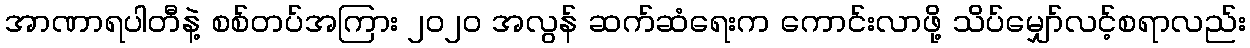
အာဏာရပါတီနဲ့ စစ်တပ်အကြား ၂၀၂၀ အလွန် ဆက်ဆံရေးက ကောင်းလာဖို့ သိပ်မျှော်လင့်စရာလည်း